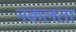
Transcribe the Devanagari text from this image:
नकलता